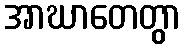
အာဃာတေတွာ